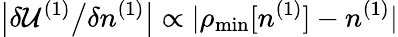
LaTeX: \big\vert\delta{\cal U}^{(1)}\big/\delta n^{(1)}\big\vert\propto\vert\rho_{\mathrm{min}}[n^{(1)}]-n^{(1)}\vert